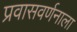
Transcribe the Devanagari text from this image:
प्रवासवर्णनाला